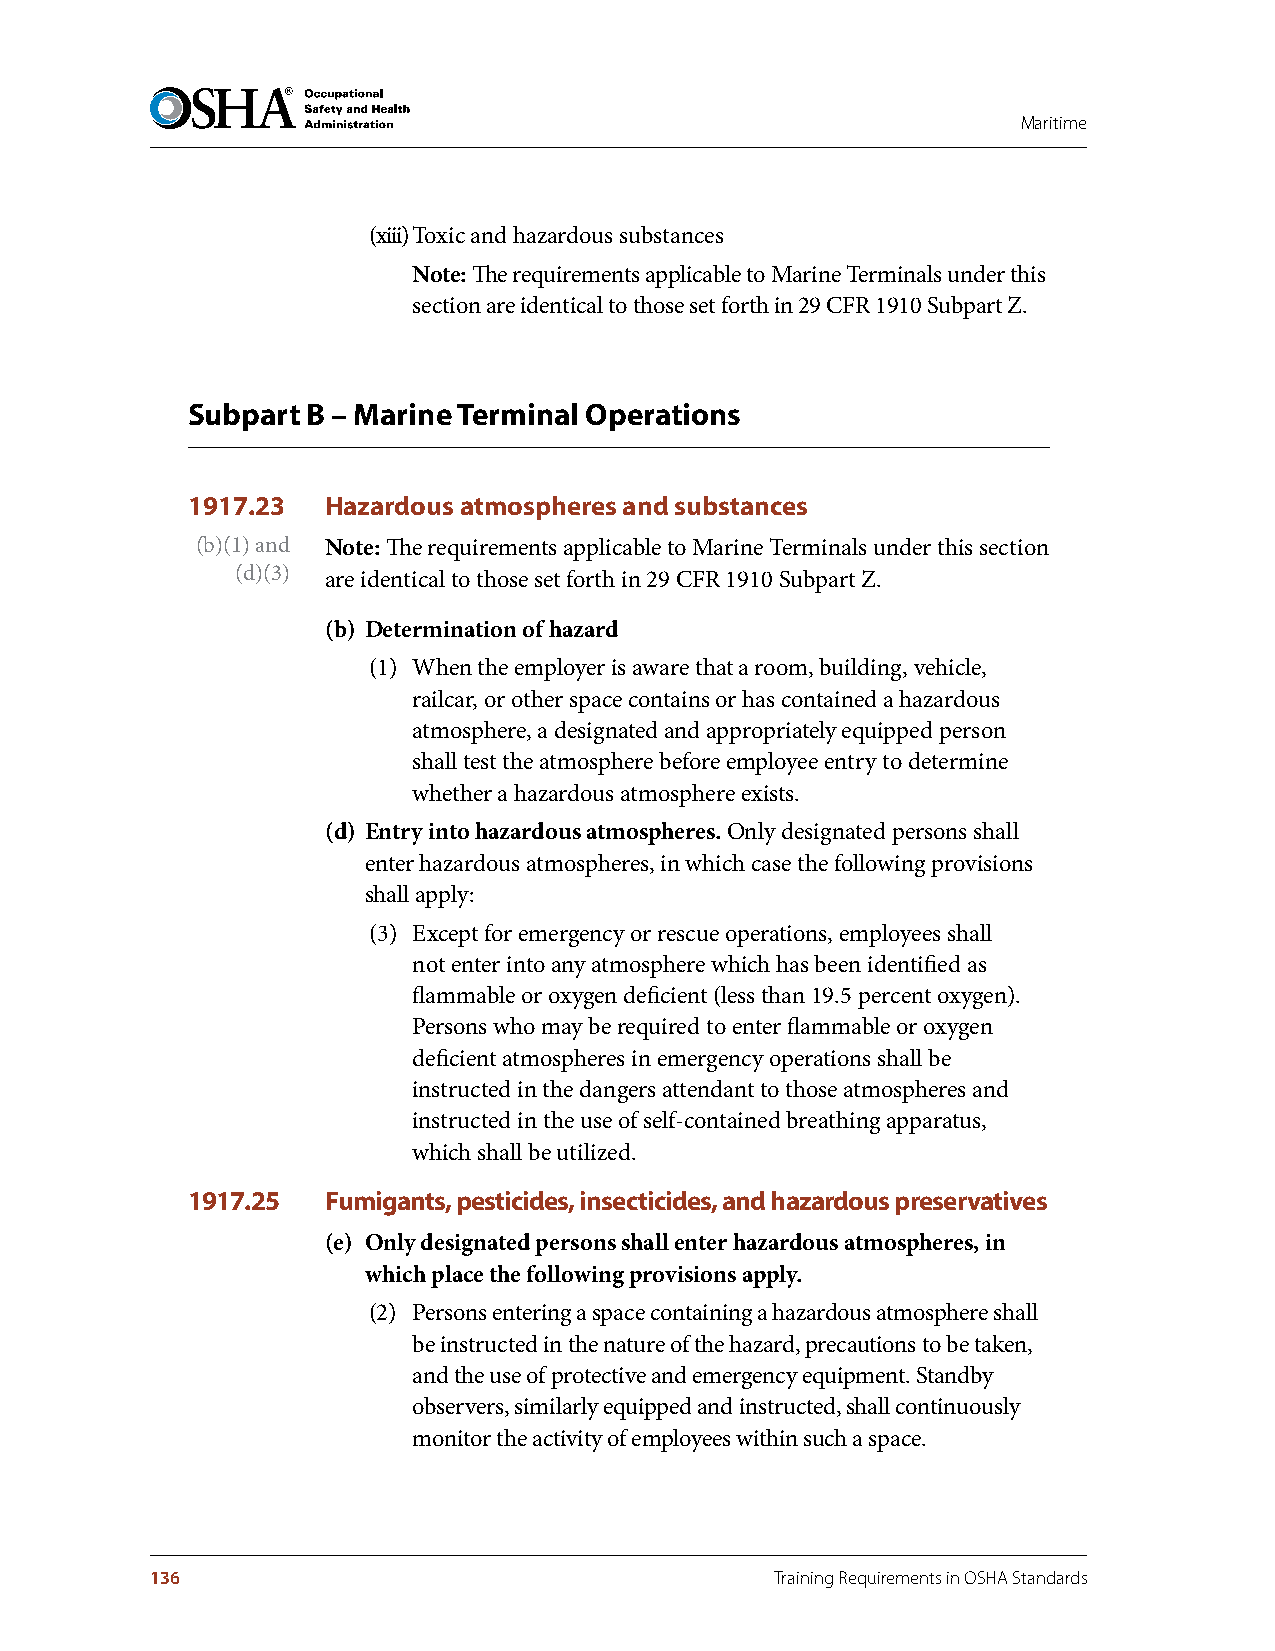
Maritime
 (xiii) Toxic and hazardous substances
 Note: The requirements applicable to Marine Terminals under this
 section are identical to those set forth in 29 CFR 1910 Subpart Z.
 Subpart B – Marine Terminal Operations
 1917.23   Hazardous atmospheres and substances
 (b)(1) and Note: The requirements applicable to Marine Terminals under this section
 (d)(3) are identical to those set forth in 29 CFR 1910 Subpart Z.
 (b) Determination of hazard
 (1) When the employer is aware that a room, building, vehicle,
 railcar, or other space contains or has contained a hazardous
 atmosphere, a designated and appropriately equipped person
 shall test the atmosphere before employee entry to determine
 whether a hazardous atmosphere exists.
 (d) Entry into hazardous atmospheres . Only designated persons shall
 enter hazardous atmospheres, in which case the following provisions
 shall apply:
 (3) Except for emergency or rescue operations, employees shall
 not enter into any atmosphere which has been identified as
 flammable or oxygen deficient (less than 19.5 percent oxygen).
 Persons who may be required to enter flammable or oxygen
 deficient atmospheres in emergency operations shall be
 instructed in the dangers attendant to those atmospheres and
 instructed in the use of self-contained breathing apparatus,
 which shall be utilized.
 1917.25   Fumigants, pesticides, insecticides, and hazardous preservatives
 (e) Only designated persons shall enter hazardous atmospheres, in
 which place the following provisions apply .
 (2) Persons entering a space containing a hazardous atmosphere shall
 be instructed in the nature of the hazard, precautions to be taken,
 and the use of protective and emergency equipment. Standby
 observers, similarly equipped and instructed, shall continuously
 monitor the activity of employees within such a space.
 136                                      Training Requirements in OSHA Standards